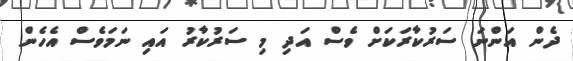
ދެން އަންނަ ސަރުކާރަކަށް ވެސް އަދި މި ސަރުކާރު އައި ނަމަވެސް އެހެން